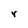
Character: r